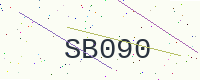
Text: SB090